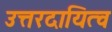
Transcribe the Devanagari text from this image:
उत्तरदायित्व